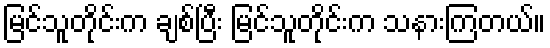
မြင်သူတိုင်းက ချစ်ပြီး မြင်သူတိုင်းက သနားကြတယ်။